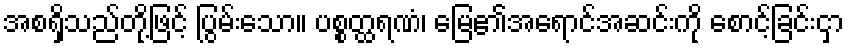
အစရှိသည်တို့ဖြင့် ပြွမ်းသော။ ပစ္စတ္ထရဏံ၊ မြေ၏အရောင်အဆင်းကို စောင့်ခြင်းငှာ